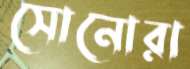
সোনোরা